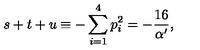
s + t + u \equiv - \sum _ { i = 1 } ^ { 4 } p _ { i } ^ { 2 } = - \frac { 1 6 } { \alpha ^ { \prime } } ,